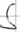
Text: S